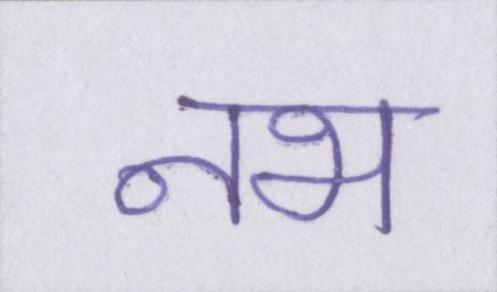
नभ